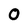
Character: 0